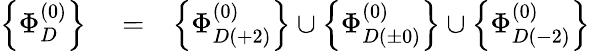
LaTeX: \begin{array}{rlr}{\left\{ \Phi_{D}^{(0)}\right\} }&{{}=}&{\left\{ \Phi_{D(+2)}^{(0)}\right\} \cup\left\{ \Phi_{D(\pm 0)}^{(0)}\right\} \cup\left\{ \Phi_{D(-2)}^{(0)}\right\} }\end{array}